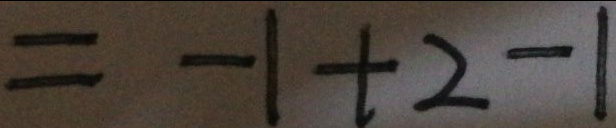
= - 1 + 2 - 1